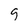
Character: q